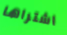
اشتراها